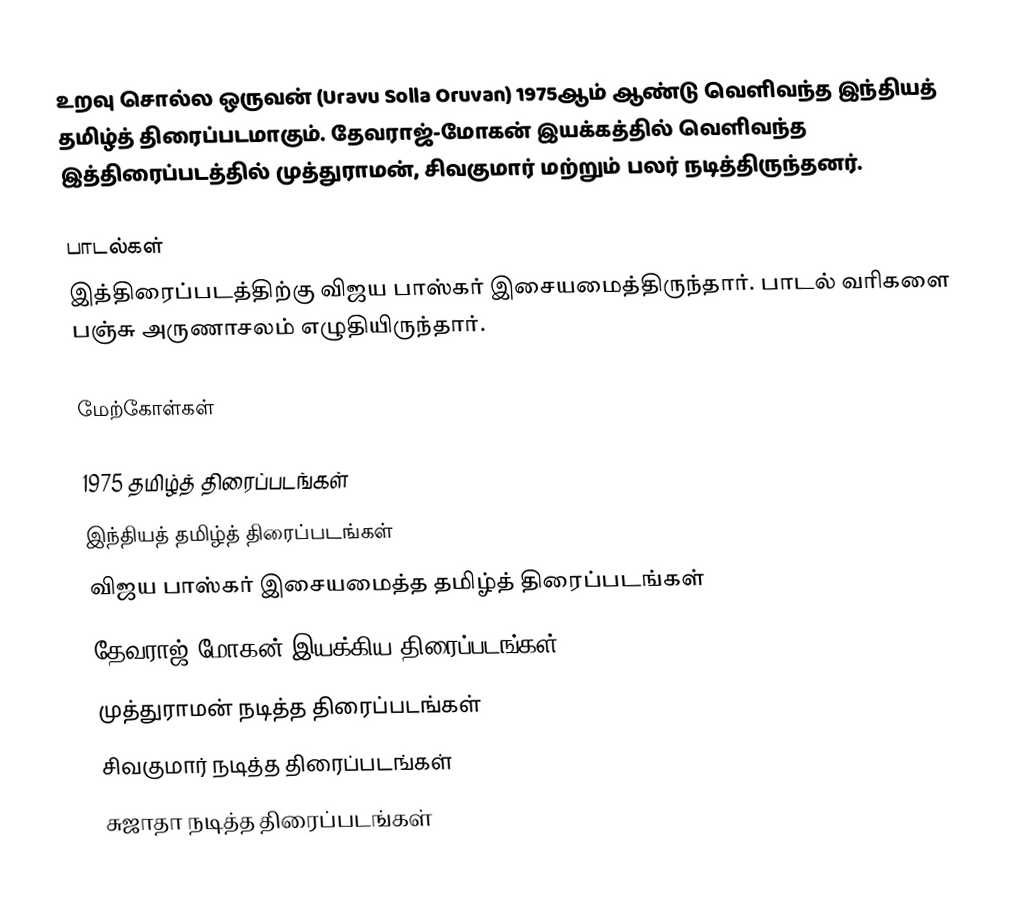
உறவு சொல்ல ஒருவன் (Uravu Solla Oruvan) 1975ஆம் ஆண்டு வெளிவந்த இந்தியத் தமிழ்த் திரைப்படமாகும். தேவராஜ்-மோகன்  இயக்கத்தில் வெளிவந்த இத்திரைப்படத்தில் முத்துராமன், சிவகுமார் மற்றும் பலர் நடித்திருந்தனர்.

பாடல்கள்
இத்திரைப்படத்திற்கு விஜய பாஸ்கர் இசையமைத்திருந்தார். பாடல் வரிகளை பஞ்சு அருணாசலம் எழுதியிருந்தார்.

மேற்கோள்கள்

1975 தமிழ்த் திரைப்படங்கள்
இந்தியத் தமிழ்த் திரைப்படங்கள்
விஜய பாஸ்கர் இசையமைத்த தமிழ்த் திரைப்படங்கள்
தேவராஜ்-மோகன் இயக்கிய திரைப்படங்கள்
முத்துராமன் நடித்த திரைப்படங்கள்
சிவகுமார் நடித்த திரைப்படங்கள்
சுஜாதா நடித்த திரைப்படங்கள்